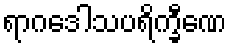
ရာဂဒေါသပရိက္ခီဏေ